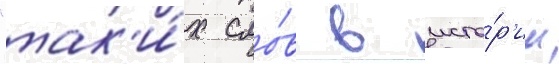
"так'и́х сло́в в исто́р'ии